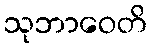
သုဘာဝေတိ